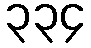
၃၃၄